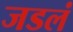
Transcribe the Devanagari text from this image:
जडलं